Civil Veterinary Department. Central Provinces & Berar 1932-41 - 1932-1941
Year: 1932
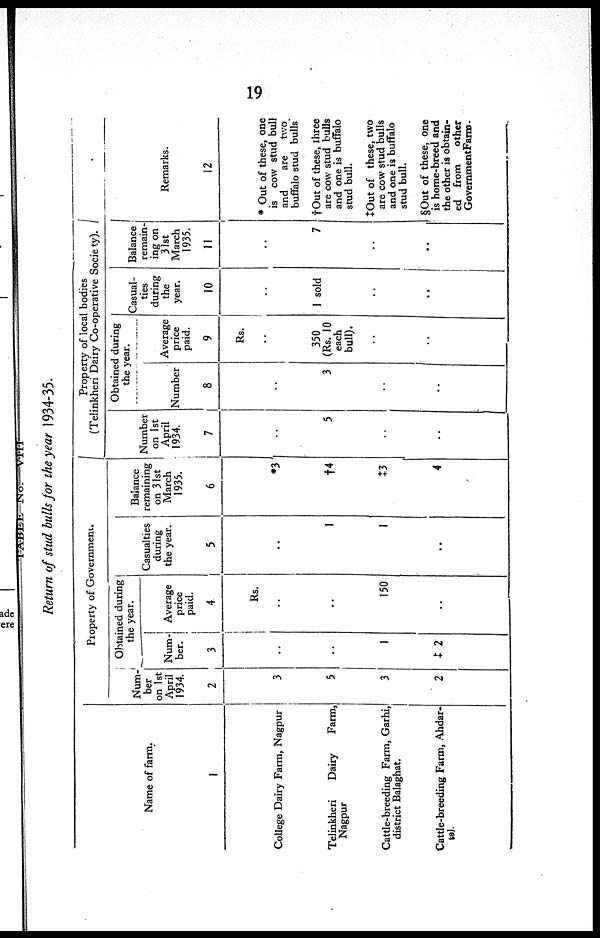
19
TABLE—No.
VIII
Return of stud bulls for the year 1934-35.
Name of farm.
1
College Dairy Farm, Nagpur
Telinkheri
Dairy
Farm,
Nagpur
Cattle-breeding Farm, Garhi,
district Balaghat.
Cattle-breeding Farm, Ahdar¬
tel.
Property of Government.
Num-
ber
on 1st
April
1934.
2
3
5
3
2
Obtained during
the year.
Num-
ber.
3
..
..
1
‡ 2
Average
price
paid.
4
Rs.
..
..
150
..
Casualties
during
the year.
5
..
1
1
..
Balance
remaining
on 31st
March
1935.
6
*3
†4
‡3
4
Property of local bodies
(Telinkheri Dairy Co-operative Society).
Number
on 1st
April
1934.
7
..
5
..
..
Obtained during
the year.
Number
8
..
3
..
..
Average
price
paid.
9
Rs.
..
350
(Rs. 10
each
bull).
..
..
Casual-
ties
during
the
year.
10
..
1 sold
..
..
Balance
remain-
ing on
31st
March
1935.
11
..
7
..
..
Remarks.
12
* Out of these, one
is cow stud bull
and
are
two
buffalo stud bulls.
† Out of these, three
are cow stud bulls
and one is buffalo
stud bull.
‡Out of these, two
are cow stud bulls
and one is buffalo
stud bull.
§Out of these, one
is home-breed and
the other is obtain-
ed from
other
GovernmentFarm.